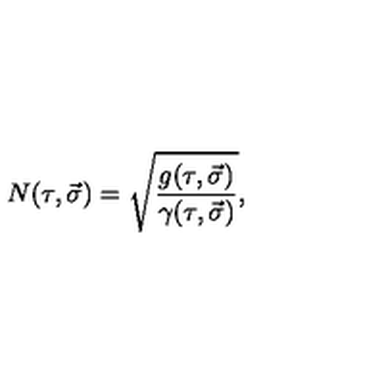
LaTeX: N ( \tau , \vec { \sigma } ) = \sqrt { \frac { g ( \tau , \vec { \sigma } ) } { \gamma ( \tau , \vec { \sigma } ) } } ,